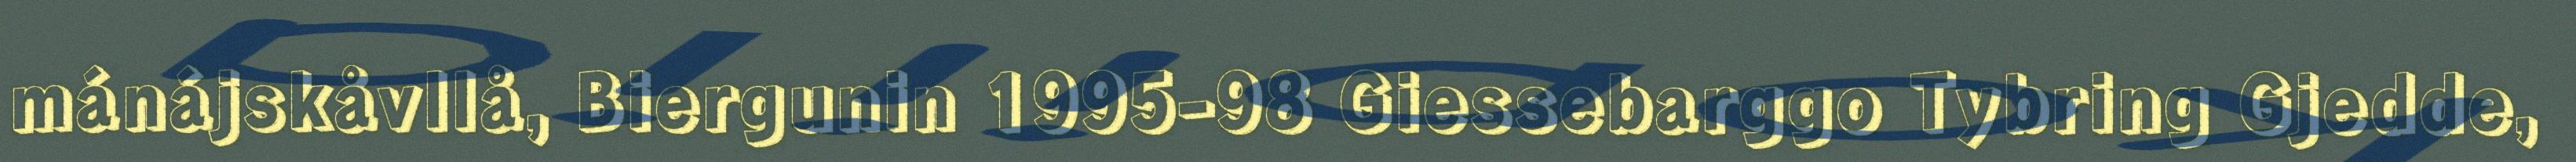
mánájskåvllå, Biergunin 1995-98 Giessebarggo Tybring Gjedde,